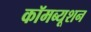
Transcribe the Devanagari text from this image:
कॉमब्यूशन